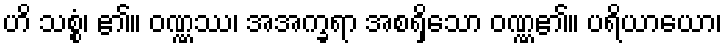
ဟိ သစ္စံ၊ ၏။ ဝဏ္ဏဿ၊ အအက္ခရာ အစရှိသော ဝဏ္ဏ၏။ ပရိယာယော၊